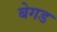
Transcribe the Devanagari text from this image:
बेगड